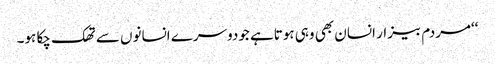
‘‘مردم بیزار انسان بھی وہی ہوتاہے جودوسرے انسانوں سے تھک چکا ہو۔